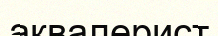
аквалерист